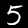
Digit: 5